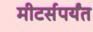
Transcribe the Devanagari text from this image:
मीटर्सपर्यंत